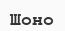
Шоно